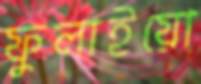
ফুলাইয়ো